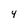
Character: 4